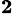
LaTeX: ^\mathbf{2}